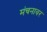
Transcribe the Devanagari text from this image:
मंचनावर